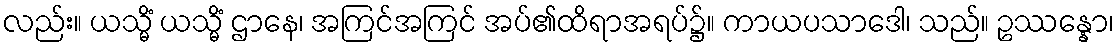
လည်း။ ယသ္မိံ ယသ္မိံ ဌာနေ၊ အကြင်အကြင် အပ်၏ထိရာအရပ်၌။ ကာယပသာဒေါ၊ သည်။ ဥဿန္နော၊